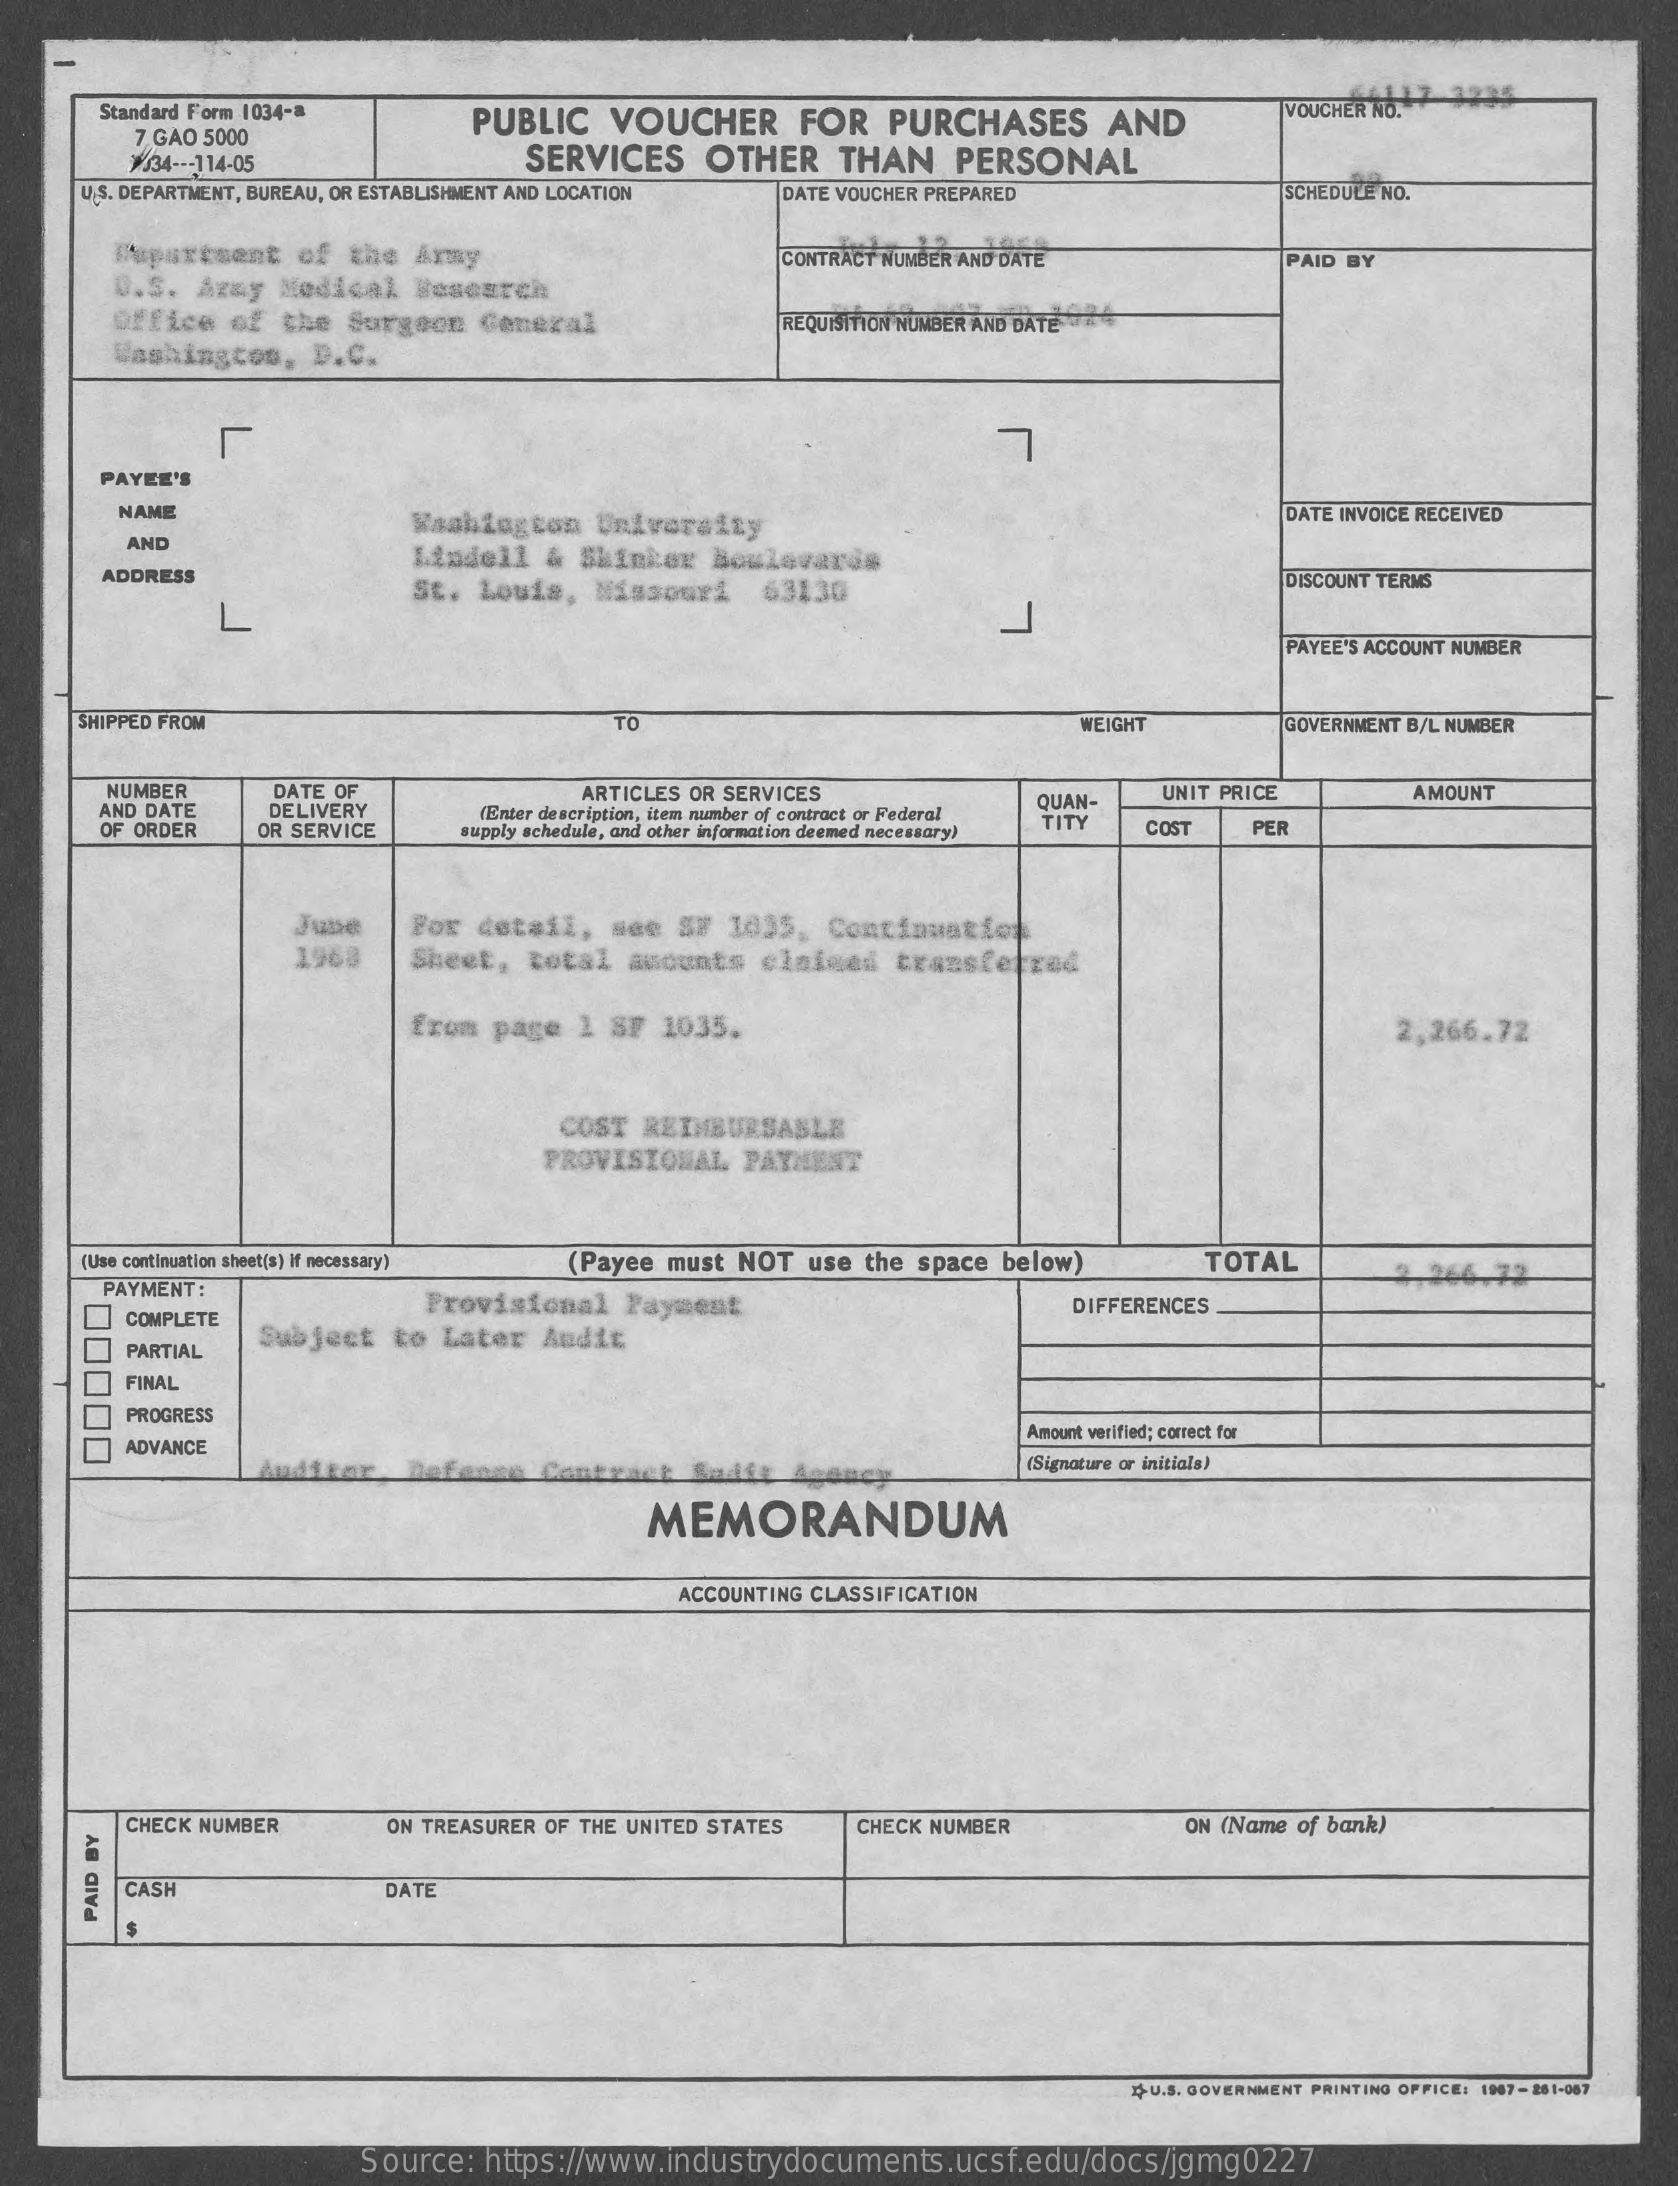
Standard Form 1034-3
     7 GAO 5000
     PUBLIC  VOUCHER    FOR  PURCHASES    AND    VOUCHER NO. 3235
     >/34 --- 114-05    SERVICES  OTHER   THAN   PERSONAL
     U.S. DEPARTMENT, BUREAU, OR ESTABLISHMENT AND LOCATION DATE VOUCHER PREPARED SCHEDULE NO.
     Apartment  of the Army
     U.S. Azay Medical Research
     CONTRACT NUMBER AND DATE    PAID BY
     Office of the Surgeon General    REQUISITION NUMBER AND DATE +
     Washington, D.C.
     7
     PAYEE'S
     NAME
     Washington University
     DATE INVOICE RECEIVED
     AND
     Lindell & Skinker Boulevards
     ADDRESS
     L
     St. Louis, Missouri  63130    DISCOUNT TERMS
     PAYEE'S ACCOUNT NUMBER
     SHIPPED FROM    TO    WEIGHT    GOVERNMENT B/L NUMBER
     NUMBER    DATE OF
     AND DATE  DELIVERY
     ARTICLES OR SERVICES
     (Enter description, item number of contract or Federal
     QUAN-  UNIT PRICE    AMOUNT
     OF ORDER OR SERVICE  supply schedule, and other information deemed necessary)
     TITY  COST   PER
     Jube  For detail, see SF 1035, Continuation
     1963  Sheet, total aucunts claimed transferred
     from page 1 SF 1035.    2,266.72
     COST REIMBURSABLE
     PROVISIONAL PAYMENT
     (Use continuation sheet(s) If necessary) (Payee must NOT use the space below) TOTAL
     PAYMENT:
     COMPLETE
     Provisional Paysent    DIFFERENCES
     PARTIAL
     Subject to Later Andit
     FINAL
     PROGRESS
     ADVANCE
     Amount verified; correct for
     Auditor. Defanns Contract    (Signature or initials)
     MEMORANDUM
     ACCOUNTING CLASSIFICATION
     CHECK NUMBER   ON TREASURER OF THE UNITED STATES CHECK NUMBER ON (Name of bank)
     CASH    DAT PAID
     BY
     IU.S. GOVERNMENT PRINTING OFFICE: 1907 - 201-067
     Source: https://www.industrydocuments.ucsf.edu/docs/jgmg0227